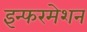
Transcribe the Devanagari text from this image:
इन्फरमेशन